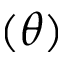
( \theta )